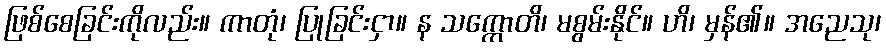
ဖြစ်စေခြင်းကိုလည်း။ ကာတုံ၊ ပြုခြင်းငှာ။ န သက္ကောတိ၊ မစွမ်းနိုင်။ ဟိ၊ မှန်၏။ အညေသု၊